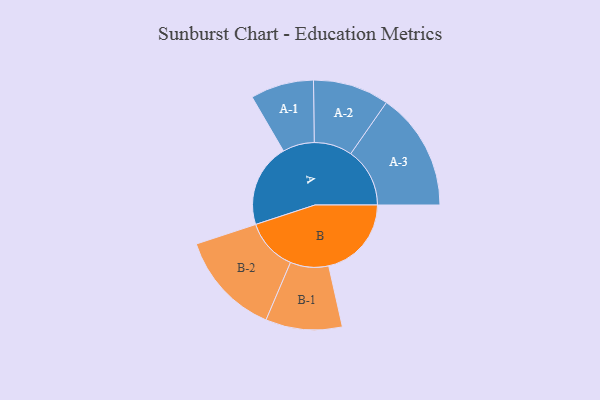
{"axis": {"x": "Segment", "y": "Value"}, "legend": ["", "A", "B"], "data": [{"x": "A", "y": 390, "type": ""}, {"x": "B", "y": 387, "type": ""}, {"x": "A-1", "y": 148, "type": "A"}, {"x": "A-2", "y": 178, "type": "A"}, {"x": "A-3", "y": 276, "type": "A"}, {"x": "B-1", "y": 179, "type": "B"}, {"x": "B-2", "y": 244, "type": "B"}]}